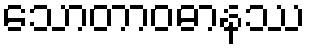
သောတာဝဓာနဿ